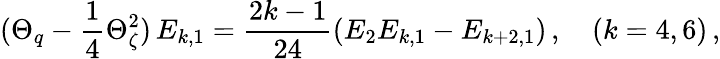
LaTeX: (\Theta_{q}-\frac{1}{4}\Theta_{\zeta}^{2})\, E_{k,1}=\frac{2k-1}{24}(E_{2}E_{k,1}-E_{k+2,1})\, ,\quad(k=4,6)\, ,